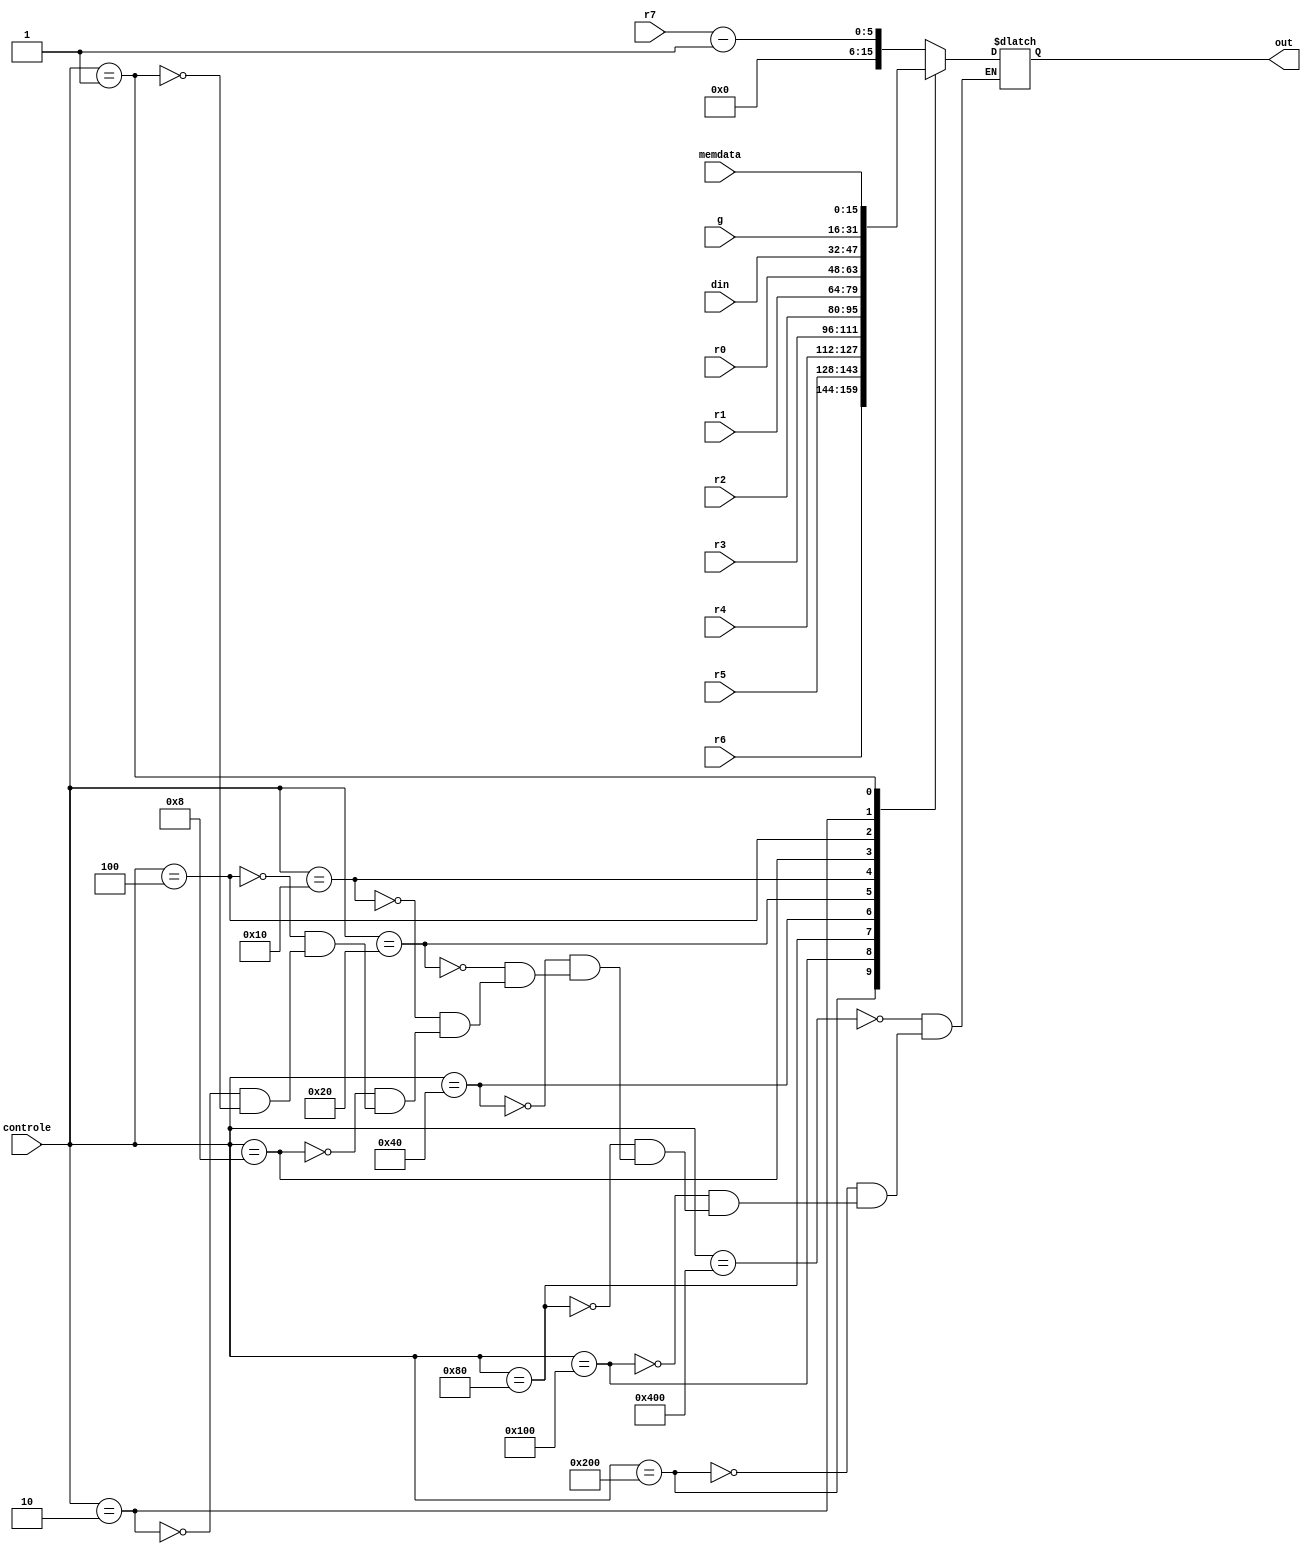
module multiplexers(din, r0, r1, r2, r3, r4, r5, r6, r7, memdata, controle, g, out);

	input [15:0] din, r0, r1, r2, r3, r4, r5, r6, g, memdata;
	input [5:0] r7;
	input [10:0] controle;
	output reg [15:0] out;
	
	always@(*)
	begin
		case(controle)
				11'b10000000000: begin out = {5'b0, r7-6'b000001}; end		//10000000 0 0 0
				11'b01000000000: begin out = r6; end				//01000000 0 0 0
				11'b00100000000: begin out = r5;	end				//00100000 0 0 0
				11'b00010000000: begin out = r4;	end				//00010000 0 0 0
				11'b00001000000: begin out = r3;	end				//00001000 0 0 0
				11'b00000100000: begin out = r2;	end				//00000100 0 0 0
				11'b00000010000: begin out = r1;	end				//00000010 0 0 0
				11'b00000001000: begin out = r0;	end				//00000001 0 0 0
				11'b00000000100: begin out = din; end				//00000000 1 0 0 
				11'b00000000010: begin out = g; end					//00000000 0 1 0
				11'b00000000001: begin out = memdata; end			//00000000 0 0 1
			endcase
	end

endmodule